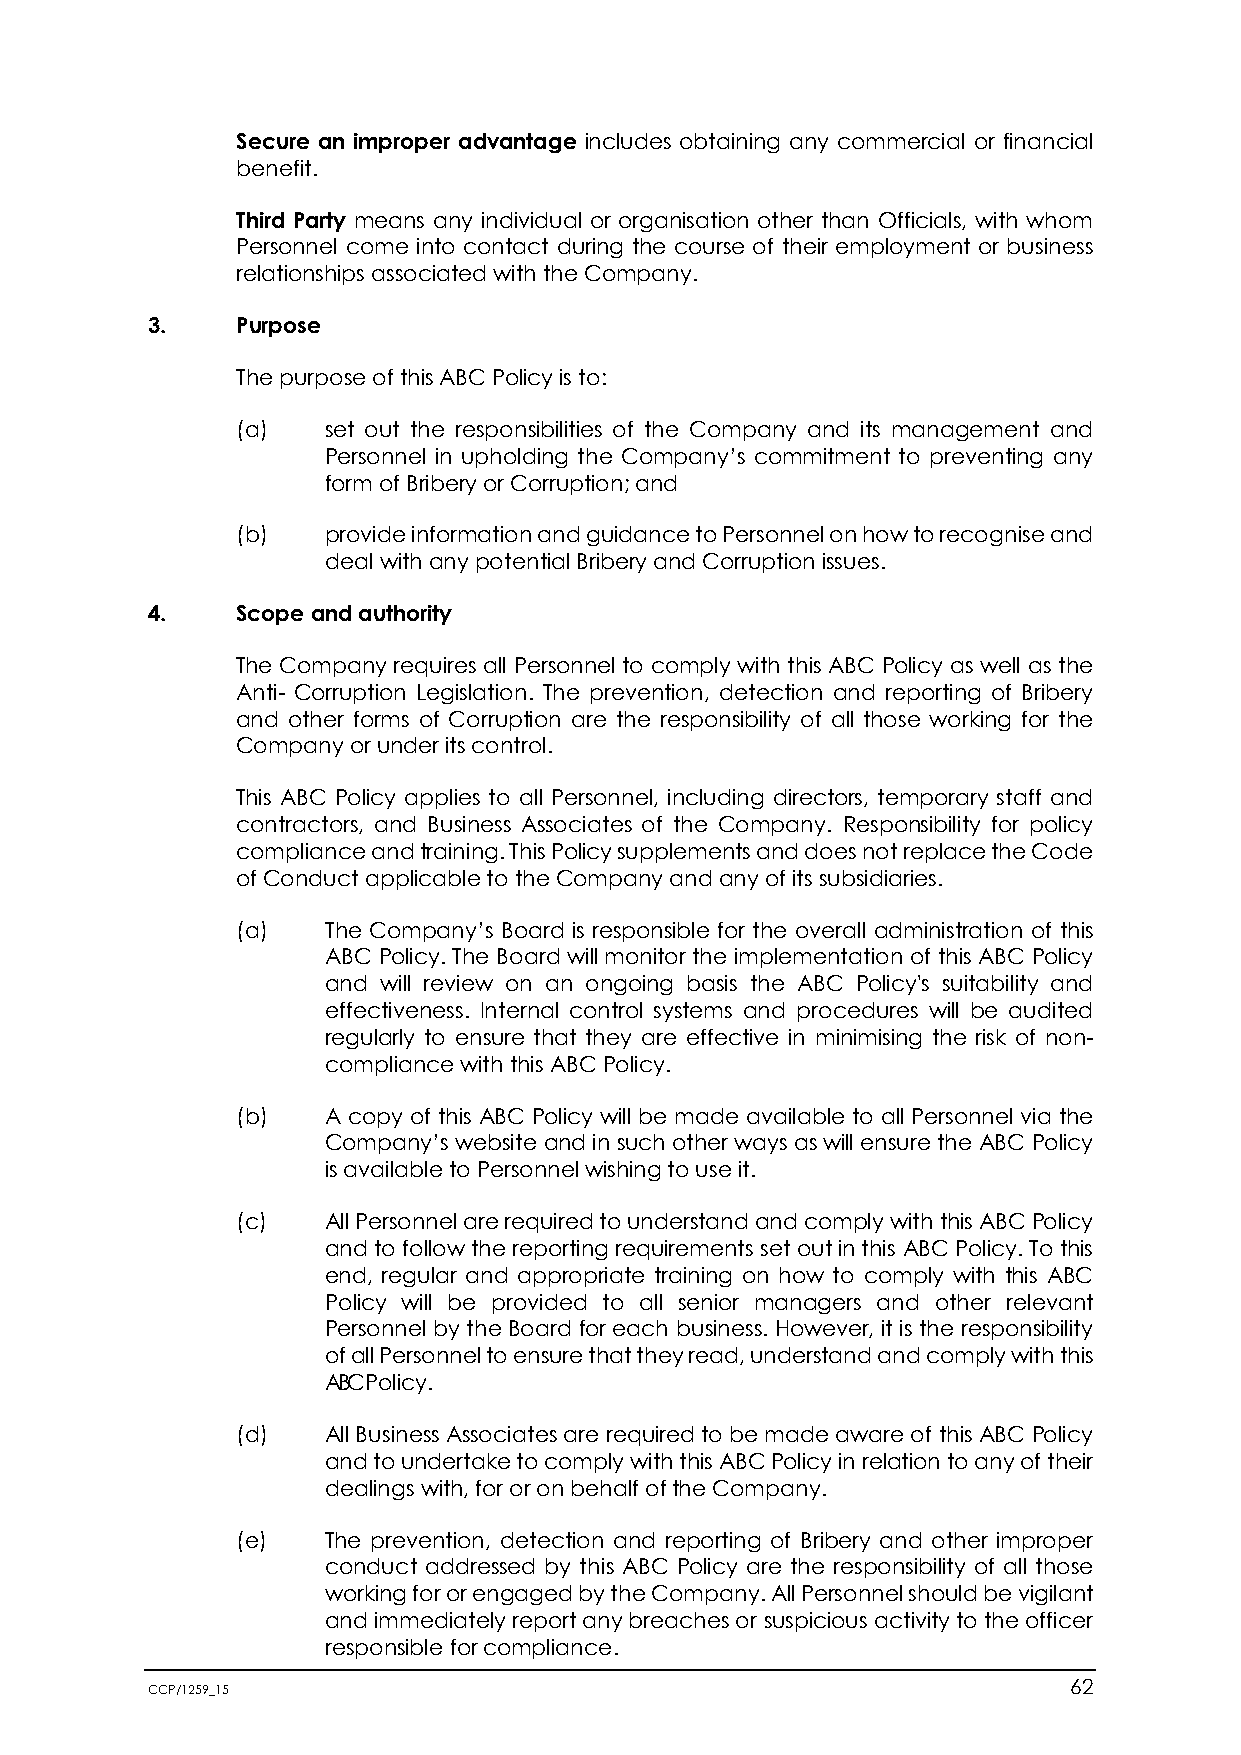
Secure an improper advantage includes obtaining any commercial or financial
 benefit.
 Third Party means any individual or organisation other than Officials, with whom
 Personnel come into contact during the course of their employment or business
 relationships associated with the Company.
 3.    Purpose
 The purpose of this ABC Policy is to:
 (a)   set out the responsibilities of the Company and its management and
 Personnel in upholding the Company’s commitment to preventing any
 form of Bribery or Corruption; and
 (b)   provide information and guidance to Personnel on how to recognise and
 deal with any potential Bribery and Corruption issues.
 4.    Scope and authority
 The Company requires all Personnel to comply with this ABC Policy as well as the
 Anti- Corruption Legislation. The prevention, detection and reporting of Bribery
 and other forms of Corruption are the responsibility of all those working for the
 Company or under its control.
 This ABC Policy applies to all Personnel, including directors, temporary staff and
 contractors, and Business Associates of the Company. Responsibility for policy
 compliance and training. This Policy supplements and does not replace the Code
 of Conduct applicable to the Company and any of its subsidiaries.
 (a)   The Company’s Board is responsible for the overall administration of this
 ABC Policy. The Board will monitor the implementation of this ABC Policy
 and will review on an ongoing basis the ABC Policy's suitability and
 effectiveness. Internal control systems and procedures will be audited
 regularly to ensure that they are effective in minimising the risk of non-
 compliance with this ABC Policy.
 (b)   A copy of this ABC Policy will be made available to all Personnel via the
 Company’s website and in such other ways as will ensure the ABC Policy
 is available to Personnel wishing to use it.
 (c)   All Personnel are required to understand and comply with this ABC Policy
 and to follow the reporting requirements set out in this ABC Policy. To this
 end, regular and appropriate training on how to comply with this ABC
 Policy will be provided to all senior managers and other relevant
 Personnel by the Board for each business. However, it is the responsibility
 of all Personnel to ensure that they read, understand and comply with this
 ABC Policy.
 (d)   All Business Associates are required to be made aware of this ABC Policy
 and to undertake to comply with this ABC Policy in relation to any of their
 dealings with, for or on behalf of the Company.
 (e)   The prevention, detection and reporting of Bribery and other improper
 conduct addressed by this ABC Policy are the responsibility of all those
 working for or engaged by the Company. All Personnel should be vigilant
 and immediately report any breaches or suspicious activity to the officer
 responsible for compliance.
 CCP/1259_15                                                  62